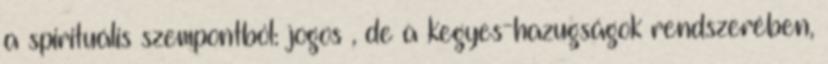
a spirituális szempontból: jogos , de a kegyes-hazugságok rendszerében,